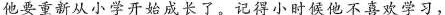
他要重新从小学开始成长了。记得小时候他不喜欢学习，